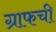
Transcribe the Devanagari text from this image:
ग्राफची